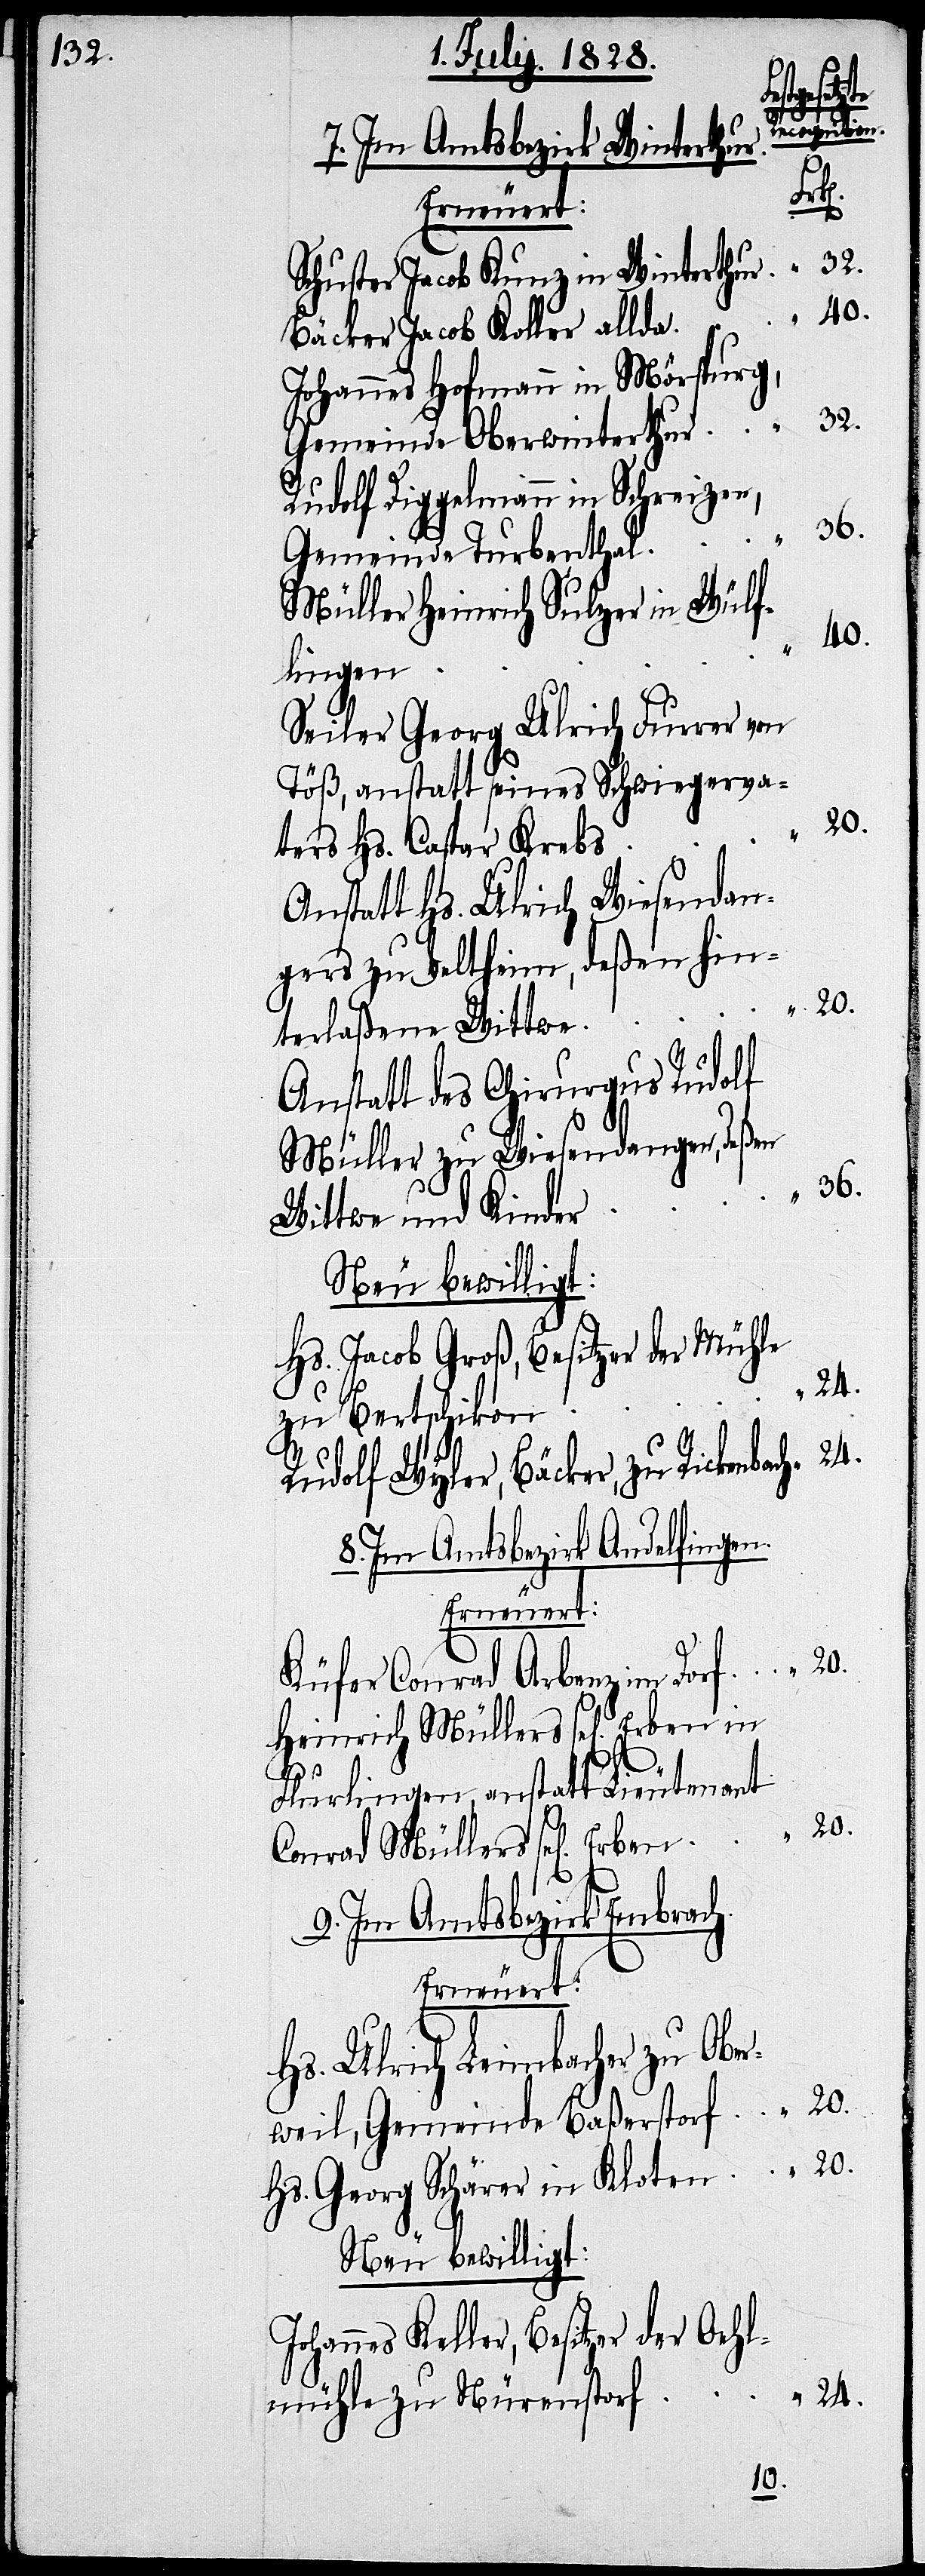
Erben
“
Erben in
7. Im Amtsbezirk Winterthu¬
ach
Erneuert:
Schuster Jacob Kunz in Winterthur
40.
Bäcker Jacob Koller allda
Johannes Hofmann in Mörspurg,
32.
Gemeinde Oberwinterthur
Rudolf Dippelmann in Schreizen,
36.
Gemeinde Turbenthal
Müller Heinrich Sulzer in Wülf¬
lingen
Seiler Georg Ulrich Furrer von
Töß, anstatt seines Schwiegerva¬
ters Hs. Caspar Krebs
Anstatt Hs. Ulrich Wiesendan¬
gers zu Veltheim, deßen hin¬
20.
terlaßene Wittwe
Anstatt des Chirurgus Rudolf
Müller zu Wiesendangen, deßen
Wittwe und Kinder
Neu bewilligt:
Hs. Jacob Groß, Besitzer der Mühle
zu Bertschikon
Rudolf Wyler, Bäcker, zu Rickenb¬
8. Im Amtsbezirk Andelfingen.
Erneuert:
Küfer Conrad Arbenz im Dorf
Heinrich Müllers sel[igen]
Flurlingen, anstatt Lieutenant
Conrad Müllers sel[igen]
9. Im Amtsbezirk Embrach.
Erneuert:
Hs. Ulrich Leimbacher zu Obe¬
rweil, Gemeinde Baßerstorf
Hs. Georg Schärer in Kloten
Neu bewilligt:
Johannes Keller, Besitzer der Oehl¬
24.
mühle zu Nürenstorf